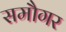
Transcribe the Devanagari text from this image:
समौगर